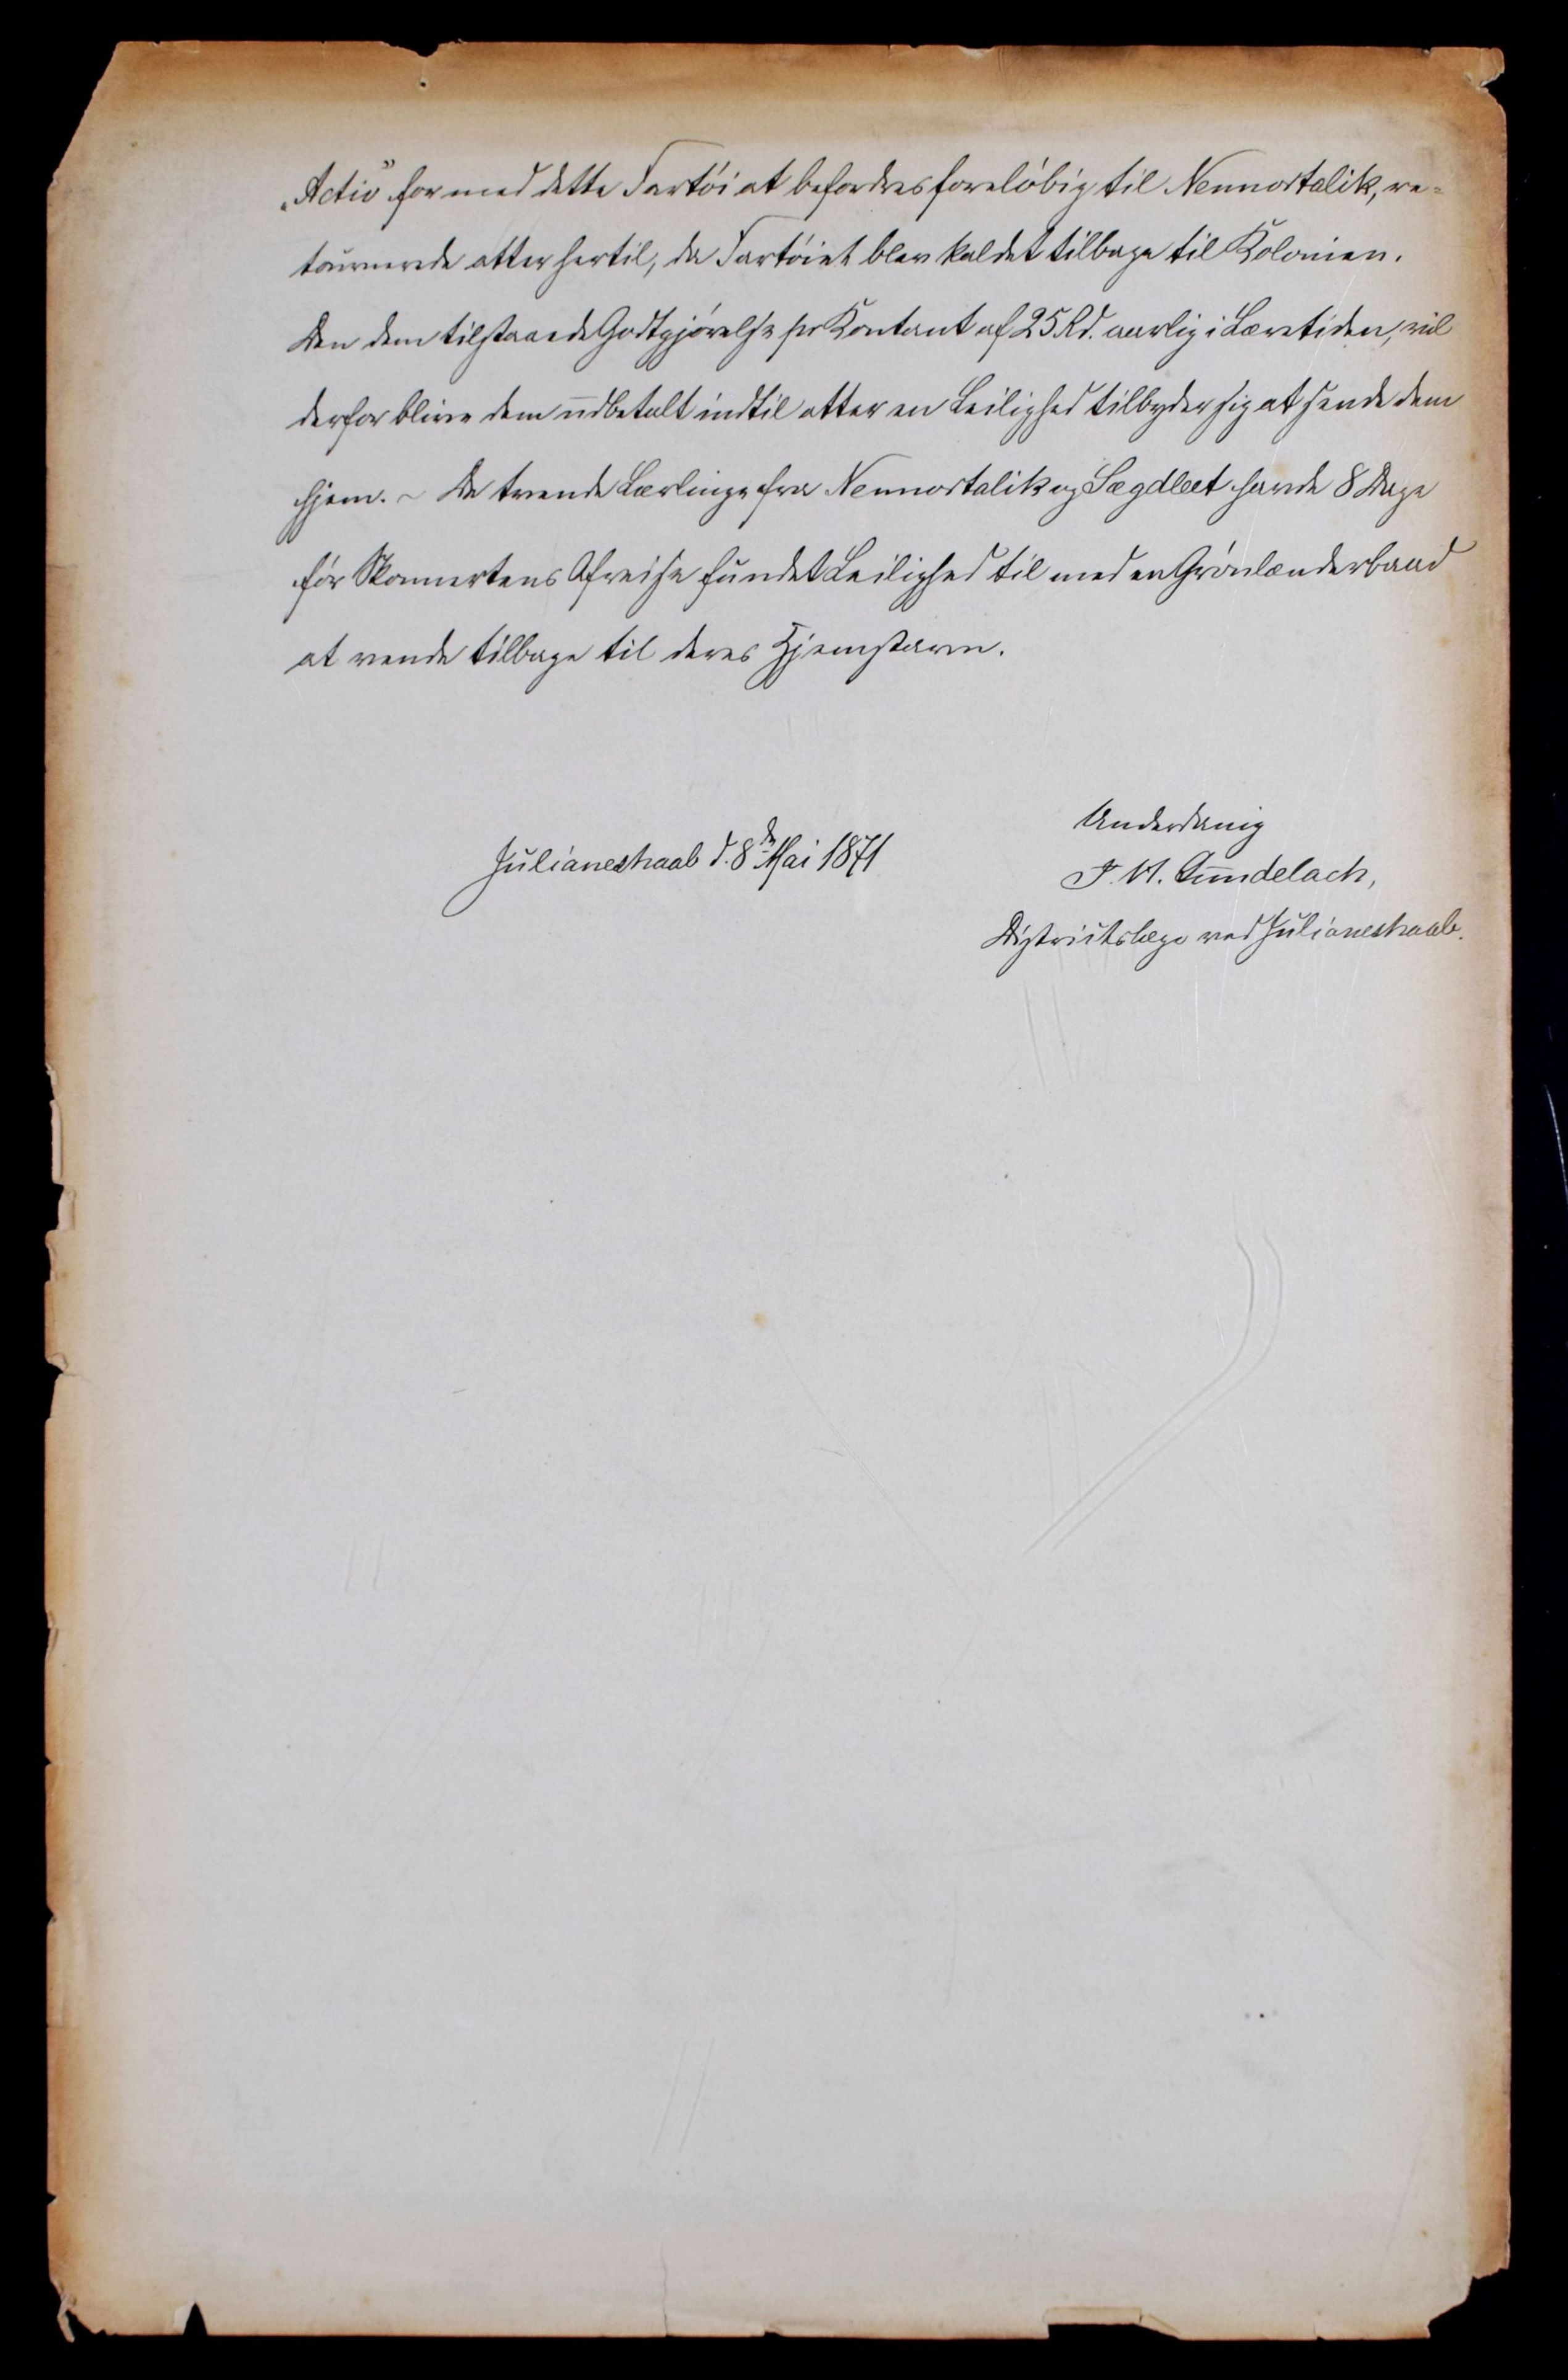
Transkription:
„Activ" for med dette Fartøi at befordres foreløbig til Nennortalik, re=
tournerede atter hertil, da Fartøiet blev kaldet tilbage til Kolonien.
Den dem tilstaaede Godtgjørelse pr Kontant af 25 Rd. aarlig i Læretiden, vil
derfor blive dem udbetalt indtil atter en Leilighed tilbyder sig at sende dem
hjem. - Da treende Lærlinge fra Nennortalik og ??? havde 8 Dage
før Skonnertens Afreise fundet Leilighed til med en Grønlænderbaad
at vende tilbage til deres Hjemstavne.

Julianeshaab d. 8de Mai 1871

Underdanig
J.M. Gundelach,
Districtslæge ved Julianeshaab.